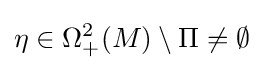
\eta \in \Omega _{+}^{2}(M)\setminus \Pi \neq \emptyset